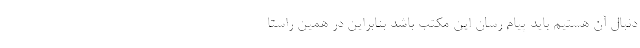
دنبال آن هستیم باید پیام رسان این مکتب باشد بنابراین در همین راستا